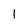
Character: 1